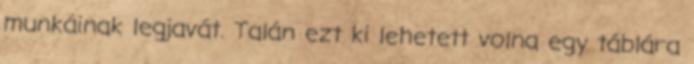
munkáinak legjavát. Talán ezt ki lehetett volna egy táblára